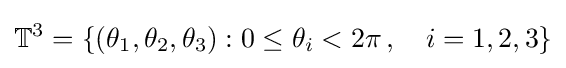
\mathbb {T} ^{3}=\{(\theta _{1},\theta _{2},\theta _{3}):0\leq \theta _{i}<2\pi \,,\quad i=1,2,3\}